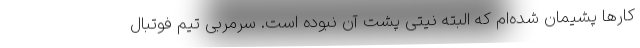
کارها پشیمان شده‌ام که البته نیتی پشت آن نبوده است. سرمربی تیم فوتبال